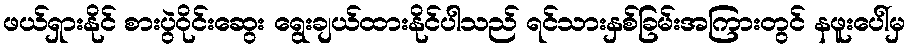
ဖယ်ရှားနိုင် စားပွဲဝိုင်းဆွေး ရွေးချယ်ထားနိုင်ပါသည် ရင်သားနှစ်ခြမ်းအကြားတွင် နဖူးပေါ်မှ